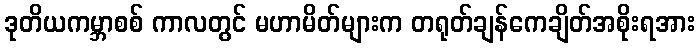
ဒုတိယကမ္ဘာစစ် ကာလတွင် မဟာမိတ်များက တရုတ်ချန်ကေချိတ်အစိုးရအား